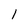
Character: 1